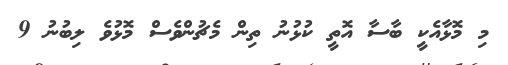
މި މޮޅާއެކީ ބާސާ އޮތީ ކުޅުނު ތިން މެޗުންވެސް މޮޅުވެ ލިބުނު 9